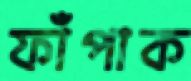
ফাঁপাক